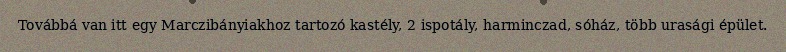
Továbbá van itt egy Marczibányiakhoz tartozó kastély, 2 ispotály, harminczad, sóház, több urasági épület.